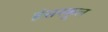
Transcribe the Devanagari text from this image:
हंसस्कूल